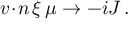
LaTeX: { v \! \cdot \! n } \, \xi \, \mu \to - i J \, .